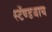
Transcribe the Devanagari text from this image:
स्टॅण्डबाय